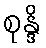
စုန္ဒိ